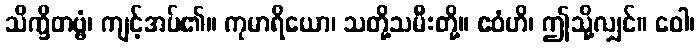
သိက္ခိတဗ္ဗံ၊ ကျင့်အပ်၏။ ကုမာရိယော၊ သတို့သမီးတို့။ ဧဝံဟိ၊ ဤသို့လျှင်။ ဝေါ၊